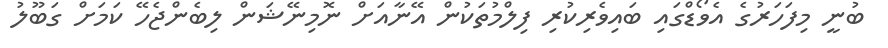
ބުނީ މިފަހަރުގެ އެވޯޑްގައި ބައިވެރިކުރި ފިލްމުތަކުން އޭނާއަށް ނޮމިނޭޝަން ލިބެންޖެހޭ ކަމަށް ގަބޫލު